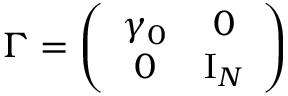
\Gamma = \left( \begin{array} { c c } { { \gamma _ { 0 } } } & { { 0 } } \\ { { 0 } } & { { \mathrm { I } _ { N } } } \end{array} \right)